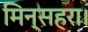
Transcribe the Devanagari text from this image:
मिन्सहरा।